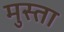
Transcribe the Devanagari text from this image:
मुस्ता